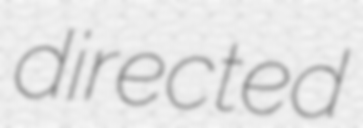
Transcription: directed